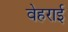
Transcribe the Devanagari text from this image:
वेहराई